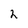
Character: 2